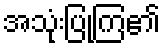
အသုံးပြုကြ၏